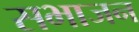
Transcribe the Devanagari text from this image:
सभाजन